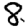
Digit: 8